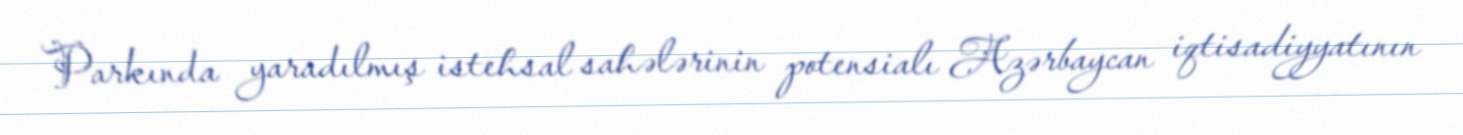
Parkında yaradılmış istehsal sahələrinin potensialı Azərbaycan iqtisadiyyatının